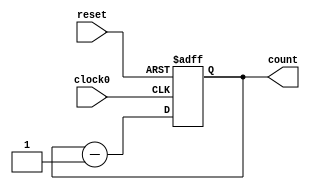
/////////////////////////////////////////
//  Functionality: 16 bit down counter 
////////////////////////////////////////

module counterdown16_1clk_posedge_async_resetp(clock0, reset, count);

	input clock0, reset;
	output [15:0] count;
	reg [15:0] count;                                   
	
	initial begin
      	  count <= 16'hffff;
    	end 

	always @ (posedge clock0 or posedge reset) begin
		if (reset == 1'b1) begin
			count <= 16'hffff;
		end 
		else begin
			count <= count - 1;
		end
	end

endmodule